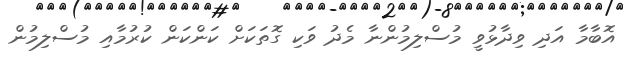
އޮބާމާ އަދި ވިދާޅުވީ މުސްލިމުންނާ މެދު ވަކި ގޮތަކަށް ކަންކަން ކުރުމާއި މުސްލިމުން